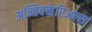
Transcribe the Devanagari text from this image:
अन्तिबक्तेरिअल्स